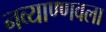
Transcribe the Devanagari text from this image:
नव्याण्णवला